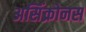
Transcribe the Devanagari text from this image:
असिंक्रोनस